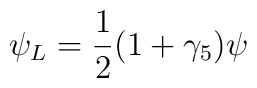
\psi_{L} = \frac{1}{2} (1 + \gamma_{5}) \psi